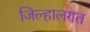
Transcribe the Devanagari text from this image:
जिल्हालगत